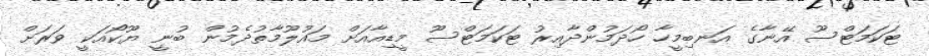
ޓަކަމަޓްސޫ އޭނާގެ އަނބިމީހާ ހޯދަމުންދާއިރު ޓަކަމަޓްސޫ މީޑިއާއަށް މައުލޫމާތުދެމުން ބުނީ ޔޫކޯއަކީ ވަރަށް